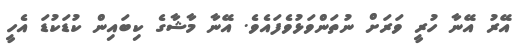
އޭރު އޭނާ ހުރީ ވަރަށް ނުތަންވަޅުވެފައެވެ. އޭނާ މާޝާގެ ކިބައިން ކުޑަކުޑަ އެހީ